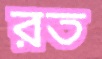
রত